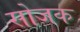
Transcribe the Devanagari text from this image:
सोजक